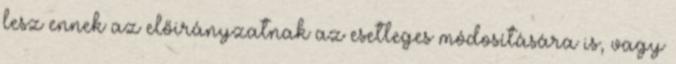
lesz ennek az előirányzatnak az esetleges módosítására is, vagy